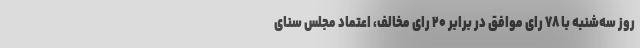
روز سه‌شنبه با ۷۸ رای موافق در برابر ۲۰ رای مخالف، اعتماد مجلس سنای